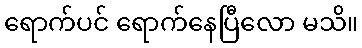
ရောက်ပင် ရောက်နေပြီလော မသိ။